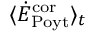
\langle \dot { E } _ { \mathrm { P o y t } } ^ { \mathrm { c o r } } \rangle _ { t }